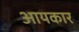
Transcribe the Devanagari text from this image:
आयकार